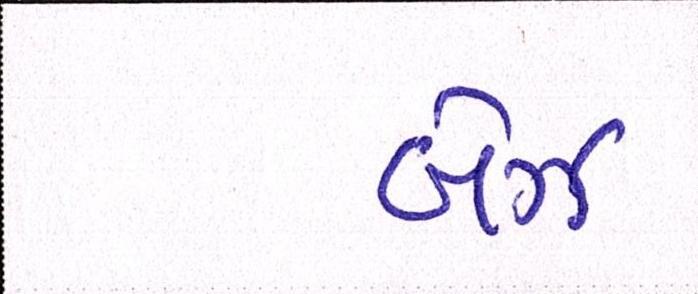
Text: બેઝ